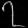
Digit: ၇